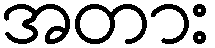
အတား